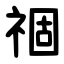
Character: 祻